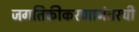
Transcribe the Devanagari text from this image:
जगतिकीकरणानंतरची